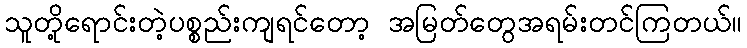
သူတို့ရောင်းတဲ့ပစ္စည်းကျရင်တော့ အမြတ်တွေအရမ်းတင်ကြတယ်။